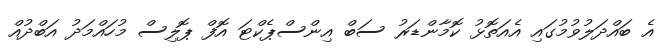
އެ ބައްދަލުވުމުގައި އެއަތޮޅު ކޮމާންޑަރު ސަބް އިންސްޕެކްޓަ އޮފް ޕޮލިސް މުހައްމަދު އަބްދުއް